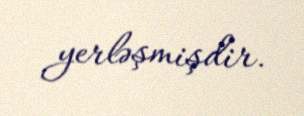
yerləşmişdir.